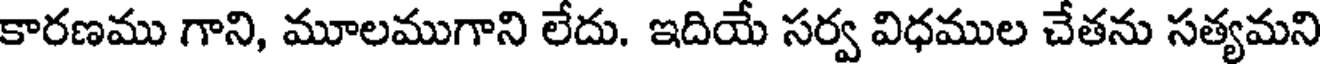
కారణము గాని, మూలముగాని లేదు. ఇదియే సర్వ విధముల చేతను సత్యమని